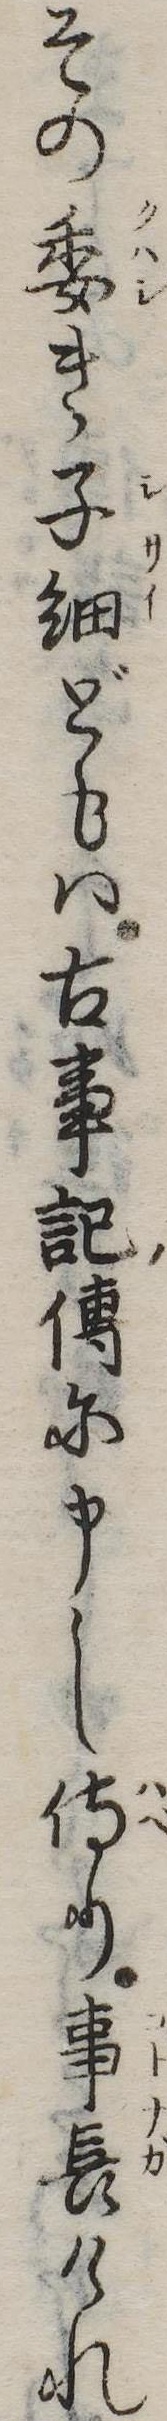
その委き子細どもは古事記伝に申し侍り事長けれ